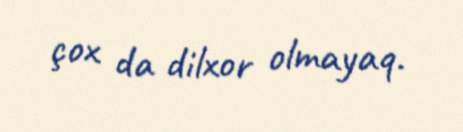
çox da dilxor olmayaq.